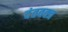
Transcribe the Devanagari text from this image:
दंतवक्त्र